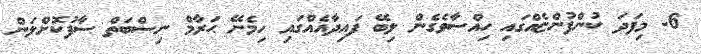
6- މިފަދަ ކުންފުންޏެއްގައި ހިއްސާވެގެން ލިބޭ ފައިދާއެއްގައި ހިމެނޭ ޙަރާމް ނިސްބަތް ސާފުކޮށްލަން